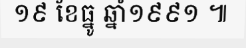
១៩ ខែធ្នូ ឆ្នាំ១៩៩១ ៕